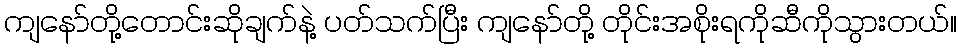
ကျနော်တို့တောင်းဆိုချက်နဲ့ ပတ်သက်ပြီး ကျနော်တို့ တိုင်းအစိုးရကိုဆီကိုသွားတယ်။